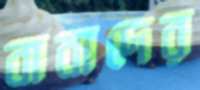
বাবাদের